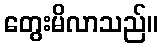
တွေးမိလာသည်။